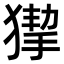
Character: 𤠵